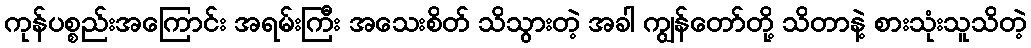
ကုန်ပစ္စည်းအကြောင်း အရမ်းကြီး အသေးစိတ် သိသွားတဲ့ အခါ ကျွန်တော်တို့ သိတာနဲ့ စားသုံးသူသိတဲ့